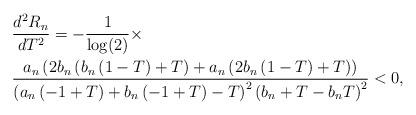
LaTeX: \begin{align*}&\frac{d^2R_{n}}{dT^2}=-\frac{1}{\log(2)}\times\\&\frac{a_n\left(2b_n\left(b_n\left(1-T\right)+T\right)+a_n\left(2b_n\left(1-T\right)+T\right)\right)}{\left(a_n\left(-1+T\right)+b_n\left(-1+T\right)-T\right)^2\left(b_n+T-b_nT\right)^2}<0,\end{align*}